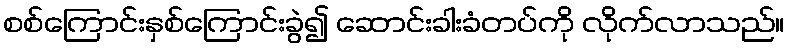
စစ်ကြောင်းနှစ်ကြောင်းခွဲ၍ ဆောင်းခါးခံတပ်ကို လိုက်လာသည်။